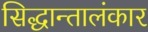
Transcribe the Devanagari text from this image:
सिद्धान्तालंकार